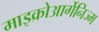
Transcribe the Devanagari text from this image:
माइक्रोआर्गेनिज्म